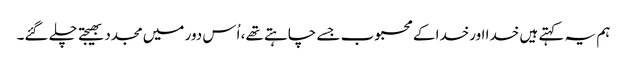
ہم یہ کہتے ہیں خدا اورخدا کے محبوب جسے چاہتے تھے، اُس دور میں مجدد بھیجتے چلے گئے۔